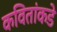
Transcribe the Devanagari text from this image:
कवितांकडे